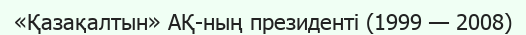
«Қазақалтын» АҚ-ның президенті (1999 — 2008)